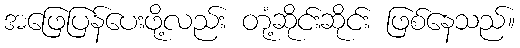
အဖြေပြန်ပေးဖို့လည်း တုံ့ဆိုင်းဆိုင်း ဖြစ်နေသည်။